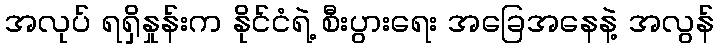
အလုပ် ရရှိနှုန်းက နိုင်ငံရဲ့ စီးပွားရေး အခြေအနေနဲ့ အလွန်